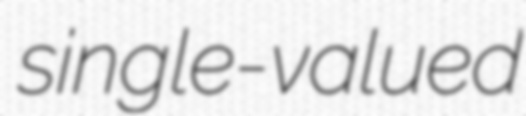
single-valued